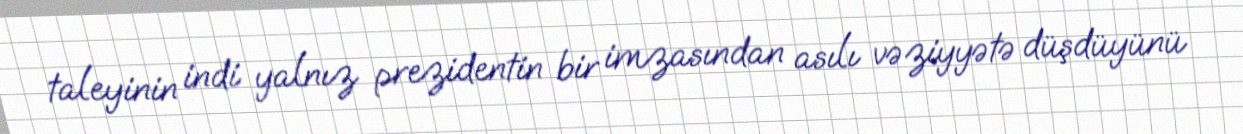
taleyinin indi yalnız prezidentin bir imzasından asılı vəziyyətə düşdüyünü